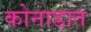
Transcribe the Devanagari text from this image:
कोनाडात